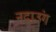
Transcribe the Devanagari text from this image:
नदाउंग